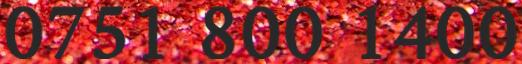
0751 800 1400